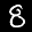
Label: 8